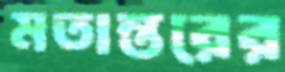
মতান্তরের